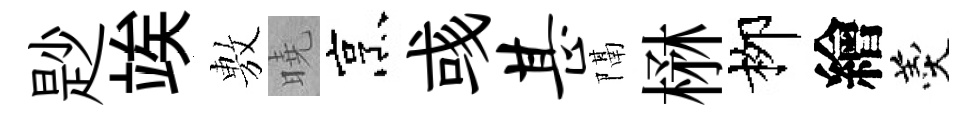
尟竢𢾾曉烹彧甚隔楙栁繪羹